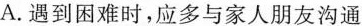
A.遇到困难时，应多与家人朋友沟通